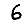
Digit: 6